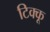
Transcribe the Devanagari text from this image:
टिक्कू